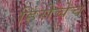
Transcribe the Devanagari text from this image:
हिंसेचेच